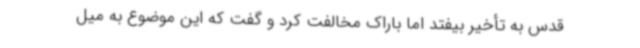
قدس به تأخیر بیفتد اما باراک مخالفت کرد و گفت که این موضوع به میل